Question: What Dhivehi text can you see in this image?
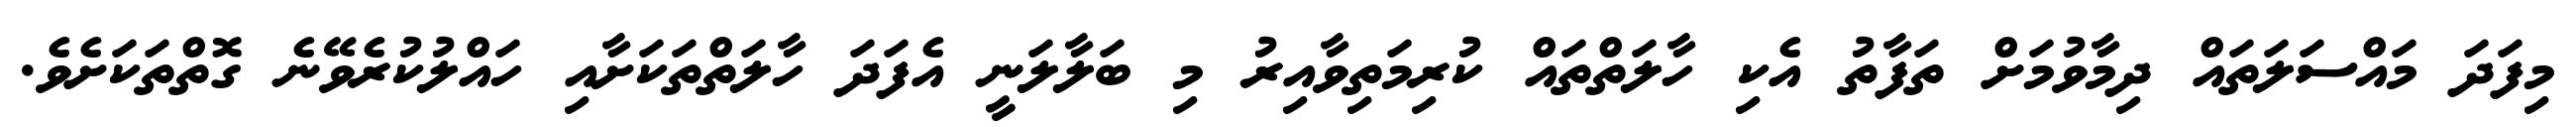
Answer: މިފަދަ މައްސަލަތައް ދިމާވުމަށް ތަފާތު އެކި ހާލަތްތައް ކުރިމަތިވާއިރު މި ބަލާލަނީ އެފަދަ ހާލަތްތަކަށާއި ހައްލުކުރެވޭނެ ގޮތްތަކަށެވެ.